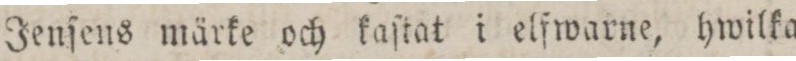
Jenſens märke och kaſtat i elfwarne, hwilka